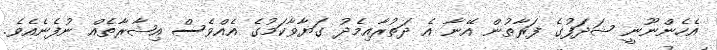
އެހެންނޫނީ ޝަދަފުގެ ފަރާތުން އޭނާ އެ ދަތުރާއިމެދު ގަޔާވާކަމުގެ އެއްވެސް އިޝާރާތެއް ނުފެނެއެވެ.